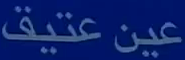
عين عتيق